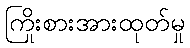
ကြိုးစားအားထုတ်မှု